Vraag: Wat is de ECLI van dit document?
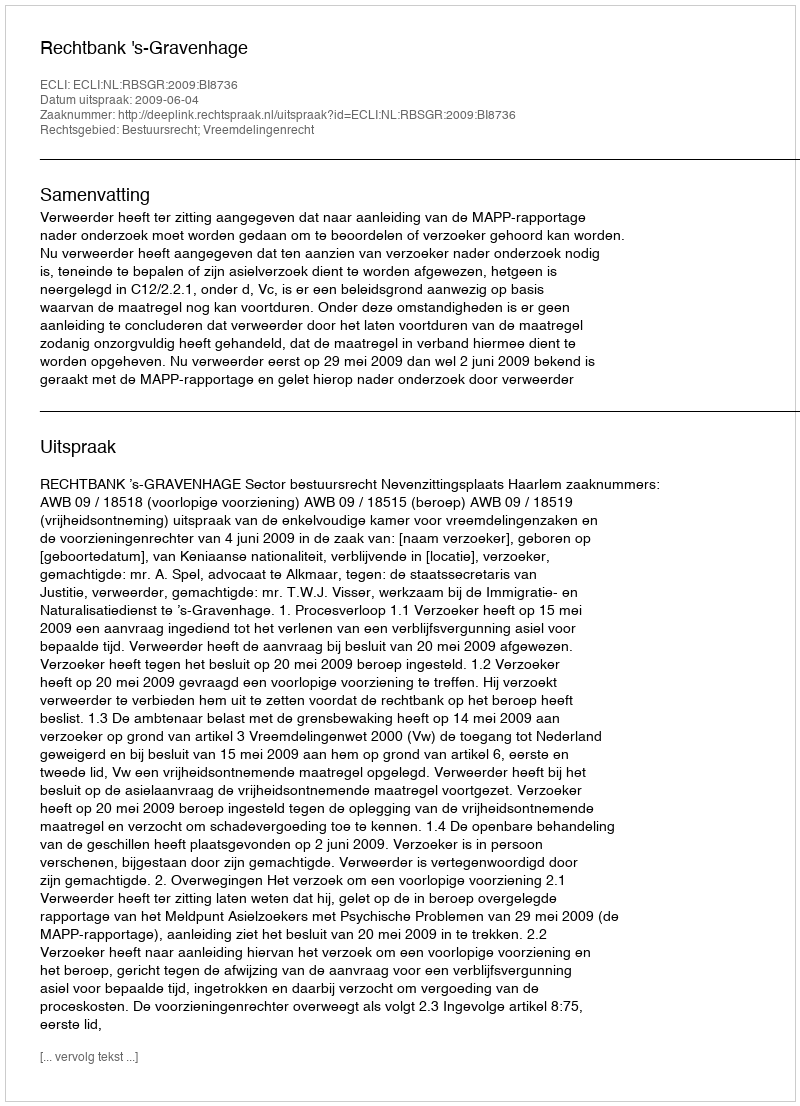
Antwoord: ECLI:NL:RBSGR:2009:BI8736